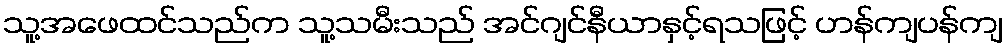
သူ့အဖေထင်သည်က သူ့သမီးသည် အင်ဂျင်နီယာနှင့်ရသဖြင့် ဟန်ကျပန်ကျ